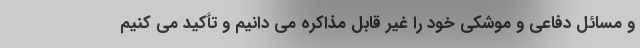
و مسائل دفاعی و موشکی خود را غیر قابل مذاکره می دانیم و تأکید می کنیم